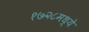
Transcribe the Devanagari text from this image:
१७२८मध्ये